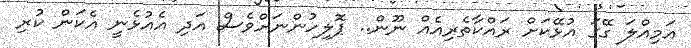
އަމިއްލަ ގޭގަ އުޅޭކަށް ރައްކާތެރިއެއް ނޫން.. ޕޮލިހުންނަށްވެސް އަދި އެއުޅެނީ އެކަން ކުރި